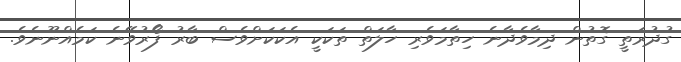
ގުދުރަތީ ގޮތުން ދިމާވެދާނެ ހިތާމަވެރި ހާލަތް ތަކަކީ އެކަކަށްވެސް ބާރު ފޯރުވޭނެ ކަމެއްނޫނެވެ.